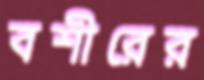
বশীরের